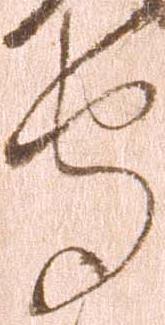
守